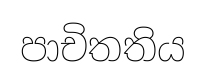
පාචිතතිය